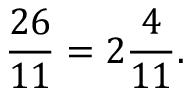
{ \frac { 2 6 } { 1 1 } } = 2 { \frac { 4 } { 1 1 } } .